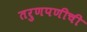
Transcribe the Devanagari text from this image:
तरुणपणीची